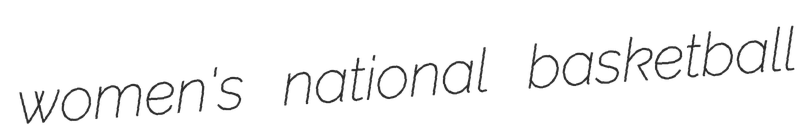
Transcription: women's national basketball